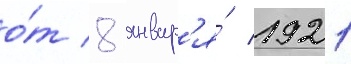
о́т 8 январ'я́ 1921